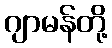
ဂျာမန်တို့